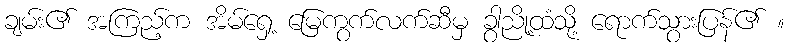
ချမ်း၏ အကြည့်က အိမ်ရှေ့ မြေကွက်လက်ဆီမှ ခွာညို့ထံသို့ ရောက်သွားပြန်၏ ။